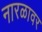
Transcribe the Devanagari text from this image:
नारळावर